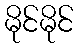
မိုင်မိုင်